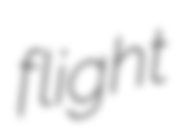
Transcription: flight